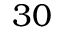
3 0